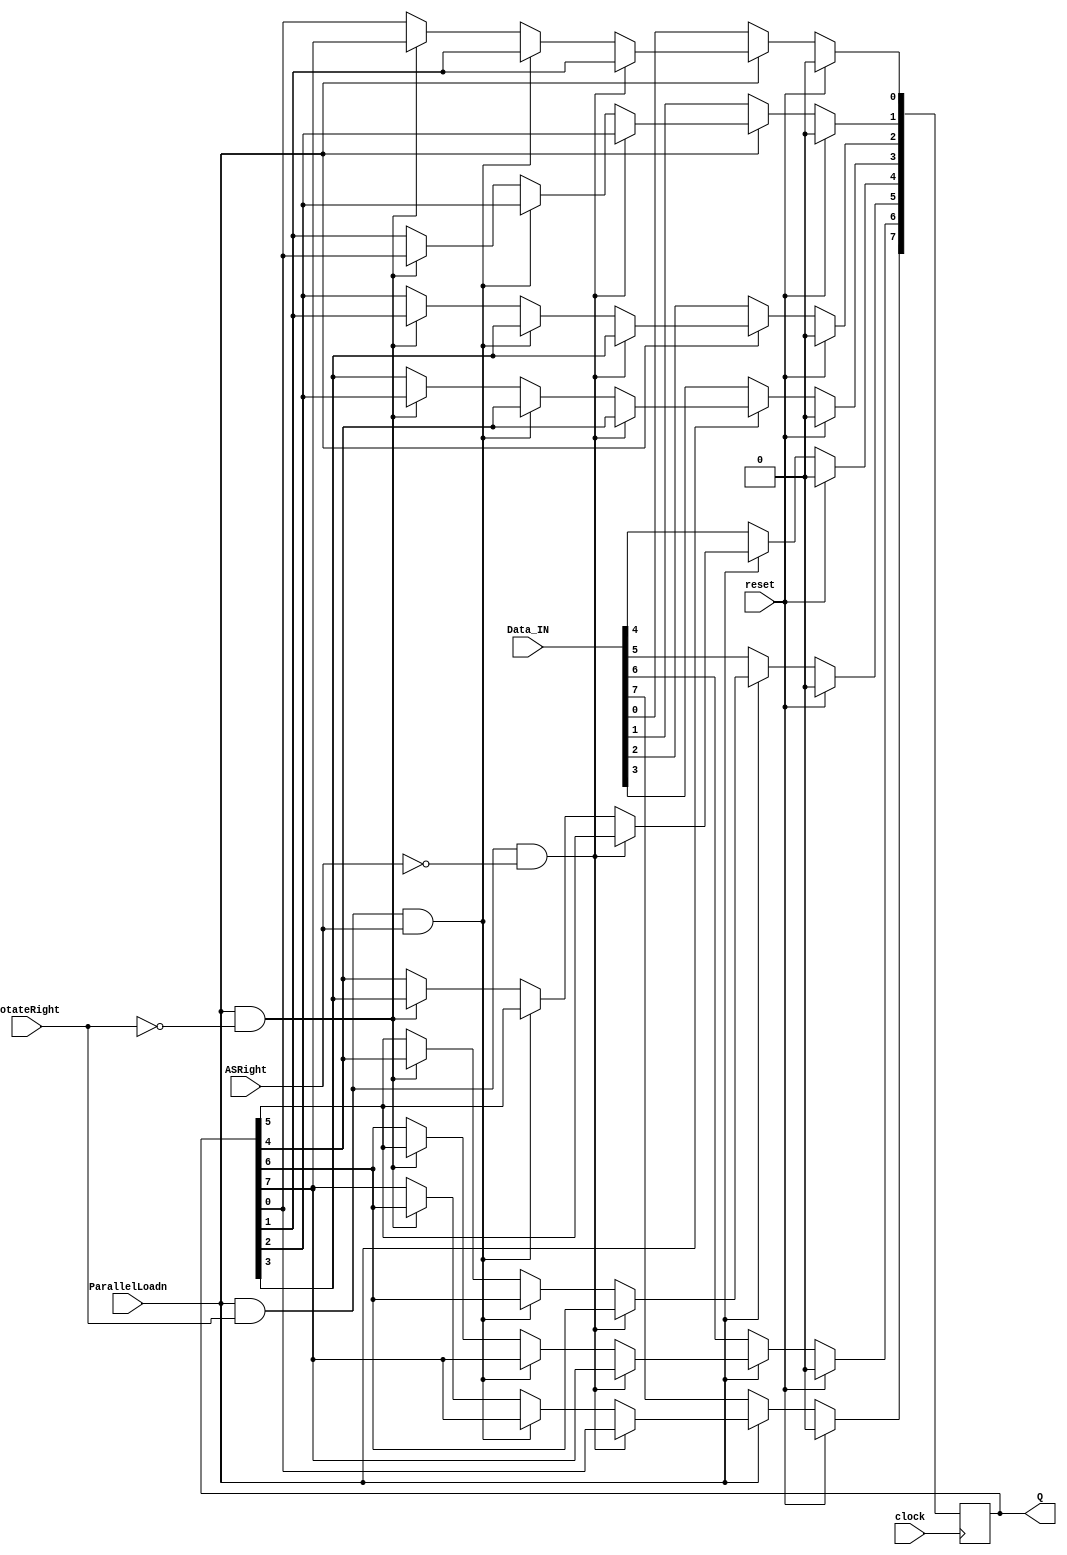
module part3(clock, reset, ParallelLoadn, RotateRight, ASRight, Data_IN, Q);
	input [7:0] Data_IN;
	input clock, reset, ParallelLoadn, RotateRight, ASRight;
	output reg [7:0] Q;
	always @ (posedge clock)
		begin
			if(reset==1)
				begin
					Q<=8'b00000000;
				end
			else if(ParallelLoadn == 0)
				begin
					Q<=Data_IN;
				end
			else if(ParallelLoadn==1 && RotateRight==1 && ASRight==0)
				begin
					Q[7]<=Q[0];
					Q[6]<=Q[7];
					Q[5]<=Q[6];
					Q[4]<=Q[5];
					Q[3]<=Q[4];
					Q[2]<=Q[3];
					Q[1]<=Q[2];
					Q[0]<=Q[1];
				end
			else if(ParallelLoadn==1 &&RotateRight==1 && ASRight==1)
				begin
					Q[7]<=Q[7];
					Q[6]<=Q[7];
					Q[5]<=Q[6];
					Q[4]<=Q[5];
					Q[3]<=Q[4];
					Q[2]<=Q[3];
					Q[1]<=Q[2];
					Q[0]<=Q[1];
				end
			else if(ParallelLoadn==1 &&RotateRight==0)
				begin
					Q[7]<=Q[6];
					Q[6]<=Q[5];
					Q[5]<=Q[4];
					Q[4]<=Q[3];
					Q[3]<=Q[2];
					Q[2]<=Q[1];
					Q[1]<=Q[0];
					Q[0]<=Q[7];
				end
			else
				begin
					Q<=Q;
				end
		end
endmodule